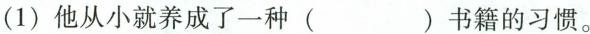
(1)他从小就养成了一种( )书籍的习惯。